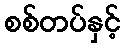
စစ်တပ်နှင့်